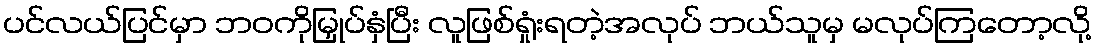
ပင်လယ်ပြင်မှာ ဘဝကိုမြှုပ်နှံပြီး လူဖြစ်ရှုံးရတဲ့အလုပ် ဘယ်သူမှ မလုပ်ကြတော့လို့